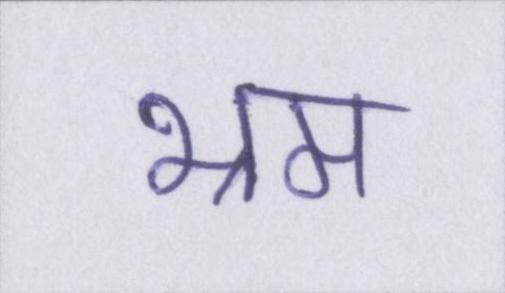
भ्रम